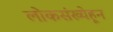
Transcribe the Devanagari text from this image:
लोकसंख्येहून